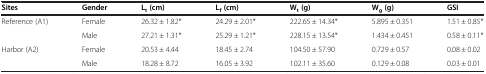
<table><thead><tr><td><b>Sites</b></td><td><b>Gender</b></td><td><b>L<sub>t</sub>(cm)</b></td><td><b>L<sub>f</sub>(cm)</b></td><td><b>W<sub>t</sub>(g)</b></td><td><b>W<sub>g</sub>(g)</b></td><td><b>GSI</b></td></tr></thead><tbody><tr><td>Reference (A1)</td><td>Female</td><td>26.32 ± 1.82*</td><td>24.29 ± 2.01*</td><td>222.65 ± 14.34*</td><td>5.895 ± 0.351</td><td>1.51 ± 0.85*</td></tr><tr><td></td><td>Male</td><td>27.21 ± 1.31*</td><td>25.29 ± 1.21*</td><td>228.15 ± 13.54*</td><td>1.434 ± 0.451</td><td>0.58 ± 0.11*</td></tr><tr><td>Harbor (A2)</td><td>Female</td><td>20.53 ± 4.44</td><td>18.45 ± 2.74</td><td>104.50 ± 57.90</td><td>0.729 ± 0.57</td><td>0.08 ± 0.02</td></tr><tr><td></td><td>Male</td><td>18.28 ± 8.72</td><td>16.05 ± 3.92</td><td>102.11 ± 35.60</td><td>0.129 ± 0.08</td><td>0.03 ± 0.01</td></tr></tbody></table>